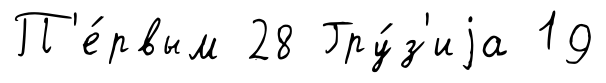
П'е́рвым 28 Гру́з'иjа 19